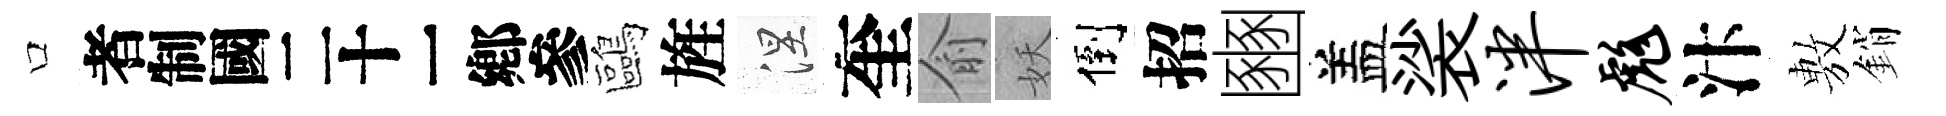
口识鷗旌涅奎俞妖倒招豳盖裟泮彪汴𢾾銷